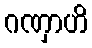
ဂဏှာဟိ